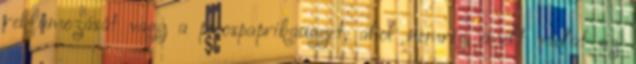
reklámozását vagy a pirospaprikaügyet, ahol nemrég emelt vádat az